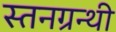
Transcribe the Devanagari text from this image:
स्तनग्रन्थी